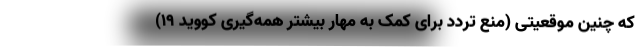
که چنین موقعیتی (منع تردد برای کمک به مهار بیشتر همه‌گیری کووید 19)